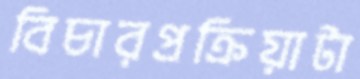
বিচারপ্রক্রিয়াটা